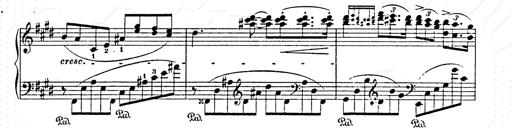
Title: AnnÃ©es de pÃ¨lerinage II
Composer: Franz Liszt